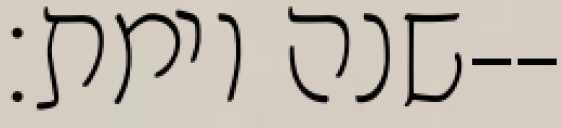
שנה וימת׃--